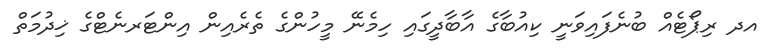
އދ ރިޕޯޓެއް ބުނެފައިވަނީ ކިއުބާގެ އާބާދީގައި ހިމެނޭ މީހުންގެ ތެރެއިން އިންޓަރނެޓްގެ ޚިދުމަތް